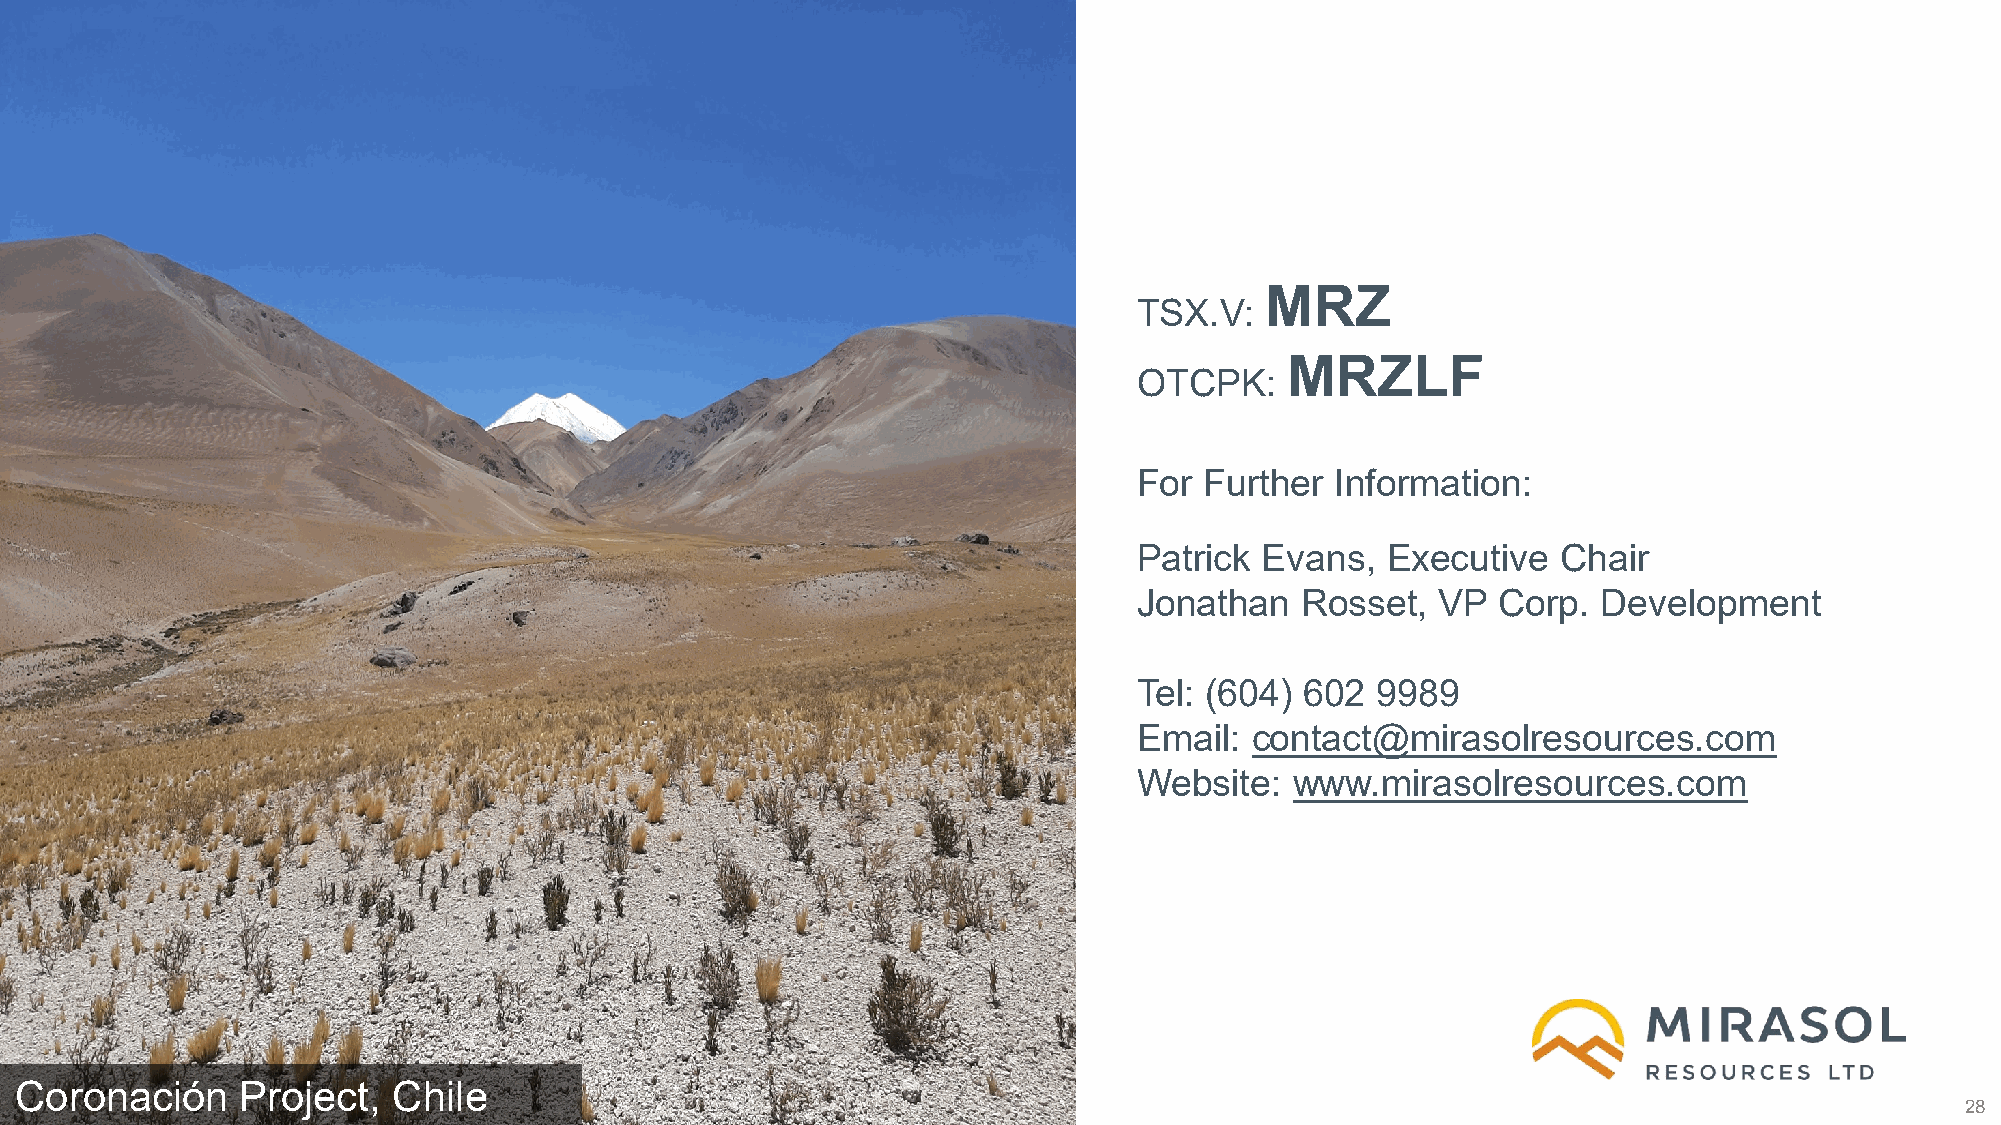
MRZ
 TSX.V:
 MRZLF
 OTCPK:
 For  Further Information:
 Patrick  Evans,  Executive  Chair
 Jonathan   Rosset,  VP  Corp.  Development
 Tel: (604) 602  9989
 Email:  contact@mirasolresources.com
 Website:   www.mirasolresources.com
 TSX-V: MRZ   OTCPK:  MRZLF
 Coronación     Project,  Chile
 28